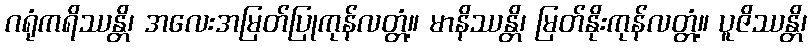
ဂရုံကရိဿန္တိ၊ အလေးအမြတ်ပြုကုန်လတ္တံ့။ မာနိဿန္တိ၊ မြတ်နိုးကုန်လတ္တံ့။ ပူဇိဿန္တိ၊